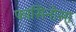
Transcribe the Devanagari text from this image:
फासिनोसा